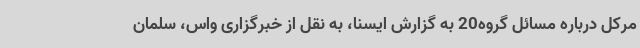
مرکل درباره مسائل گروه20 به گزارش ایسنا، به نقل از خبرگزاری واس، سلمان